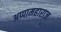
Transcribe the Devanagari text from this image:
अप्पामहाराज